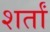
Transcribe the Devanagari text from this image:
शर्तां